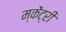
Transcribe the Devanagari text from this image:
म्केंट्री